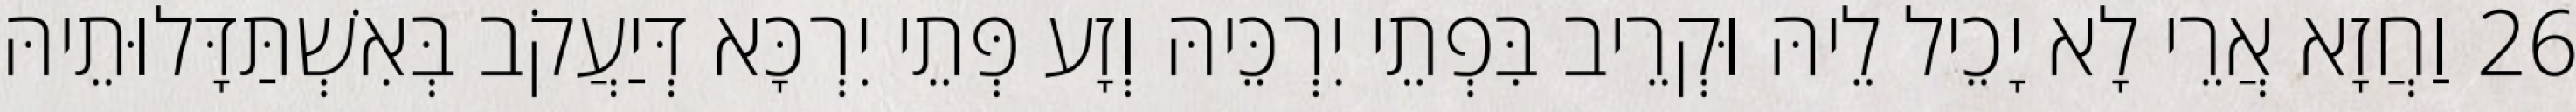
26 וַחֲזָא אֲרֵי לָא יָכֵיל לֵיהּ וּקְרֵיב בִּפְתֵי יִרְכֵּיהּ וְזָע פְּתֵי יִרְכָּא דְּיַעֲקֹב בְּאִשְׁתַּדָּלוּתֵיהּ